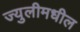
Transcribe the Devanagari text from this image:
ज्युलीमधील